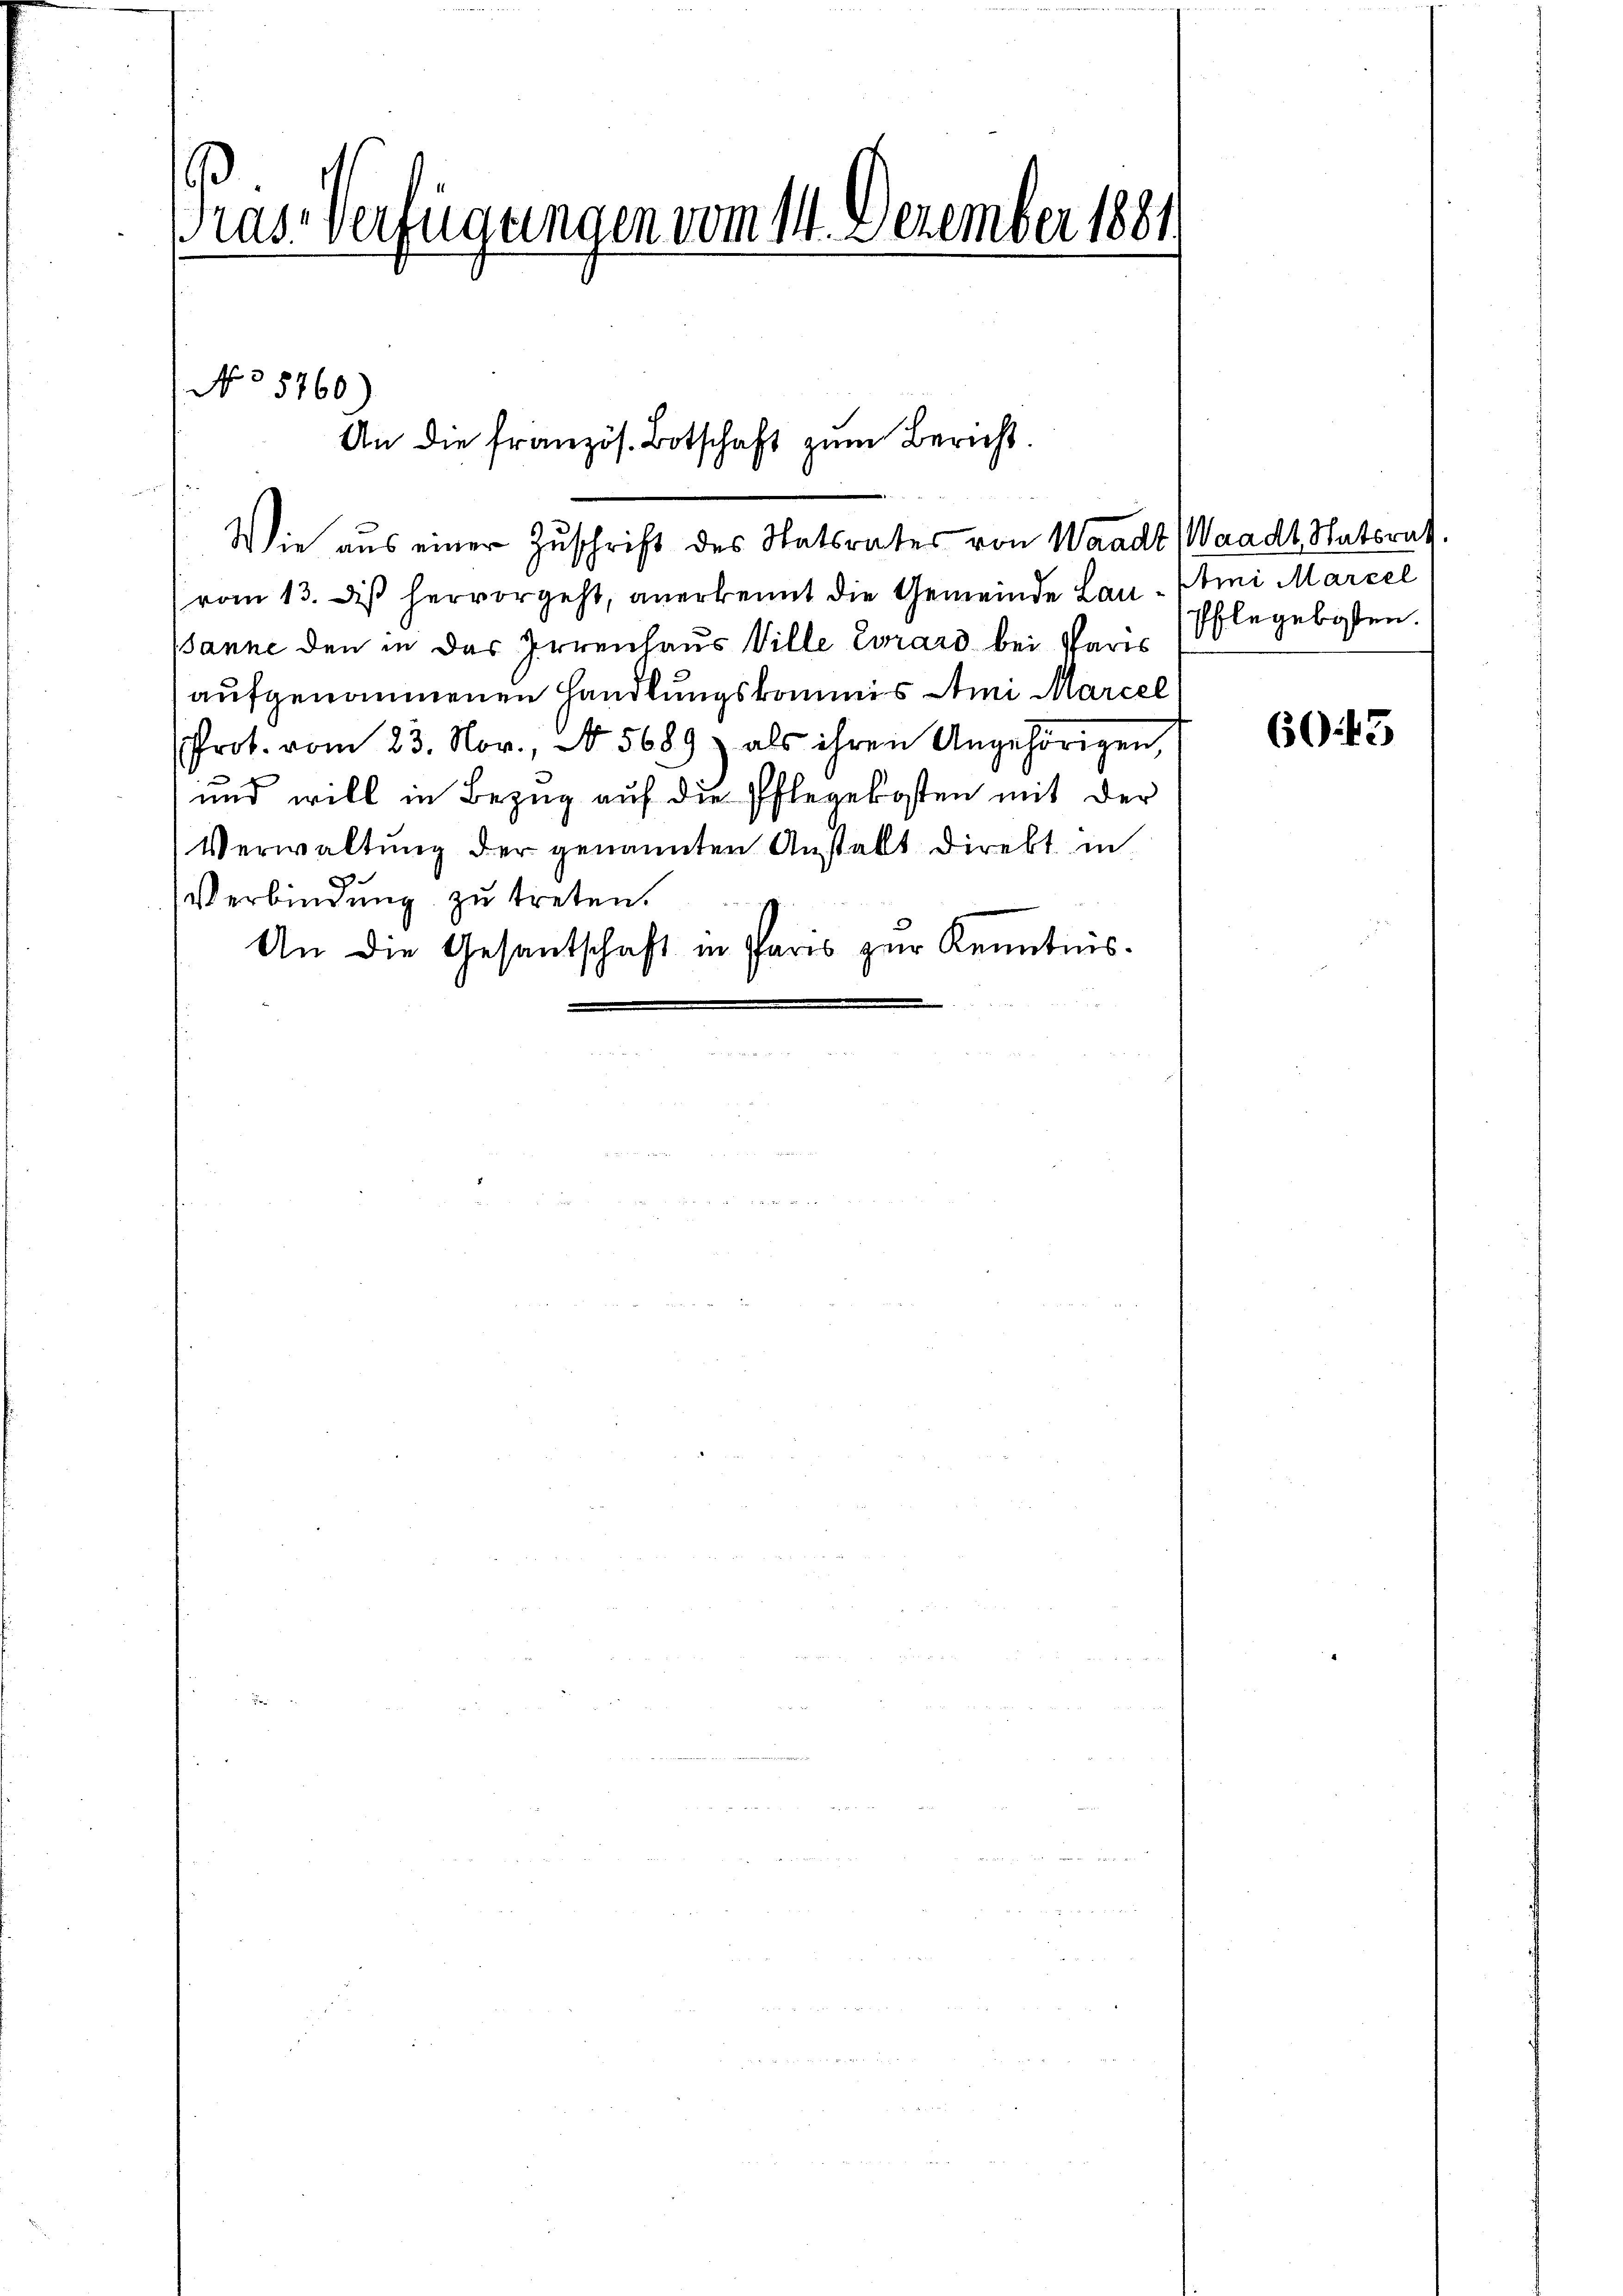
Prus-Verfügungen vom 14. Dezember 1881.

No 5760

An die französ. Botschaft zum Bericht.

Wie aus einer Zuschrift des Statsrates von Waadt (Waadt Ratsrath.
(vom 13. des hervorgeht, anerkennt die Gemeinde Lau-Etii Marcel
sanne den in das Irrenhaus Ville Evrard bei Paris
aufgenommenen Handlungskommis Ami Marcel
Prot. vom 23. Nov., No 5689) als ihren Angehörigen,
und will in Bezug auf die Pflegekosten mit der
Verwaltung der genannten Anstallt direkt in
Verbindung zu treten.
An die Gesantschaft in Paris zur Kenntnis.

Pflegeboten.

6043